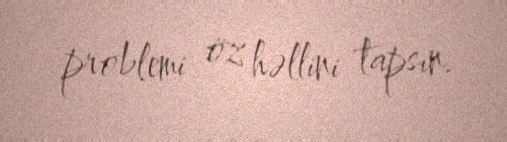
problemi öz həllini tapsın.